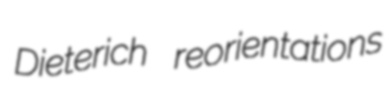
Dieterich reorientations